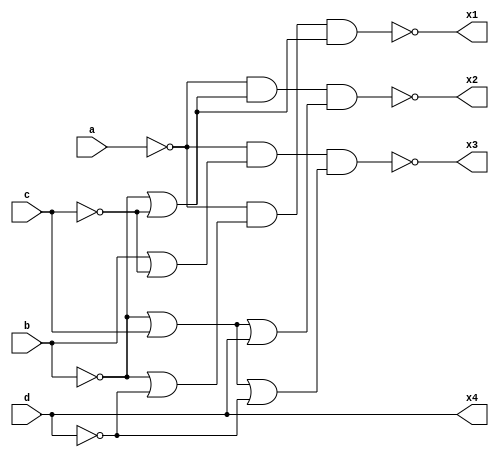
`timescale 1ns / 1ps
//////////////////////////////////////////////////////////////////////////////////
// Company: 
// Engineer: 
// 
// Design Name: 
// Module Name: converter
// Project Name: 
// Target Devices: 
// Tool Versions: 
// Description: 
// 
// Dependencies: 
// 
// Revision:
// Revision 0.01 - File Created
// Additional Comments:
// 
//////////////////////////////////////////////////////////////////////////////////


module converter(
    input a,b,c,d,
    output x1,x2,x3,x4
    );
//assign x1=a|b&d|b&c;
//assign x2=a|b&c|b&~c&~d;
//assign x3=a|~b&c|b&~c&d;
//assign x4=d;
assign x1=~(~a&(~b|~d)&(~b|~c));
assign x2=~(~a&(~b|~c)&(~b|c|d));
assign x3=~(~a&(b|~c)&(~b|c|~d));
assign x4=~(~d);
endmodule